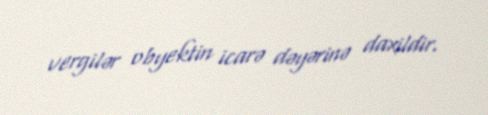
vergilər obyektin icarə dəyərinə daxildir.